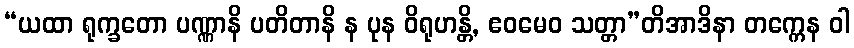
“ယထာ ရုက္ခတော ပဏ္ဏာနိ ပတိတာနိ န ပုန ဝိရုဟန္တိ, ဧဝမေဝ သတ္တာ”တိအာဒိနာ တက္ကေန ဝါ